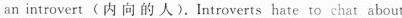
an introvert (内向的人). Introverts hate to chat about